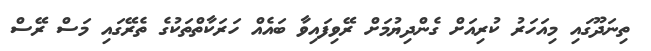
ތިނަދޫގައި މިއަހަރު ކުރިއަށް ގެންދިޔުމަށް ރޭވިފައިވާ ބައެއް ހަރަކާތްތަކުގެ ތެރޭގައި މަސް ރޭސް